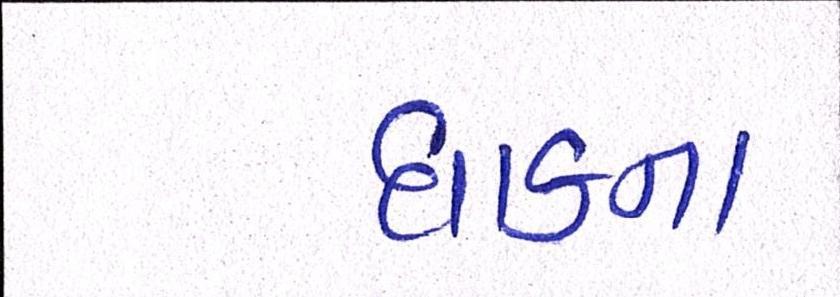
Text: ધાકના